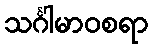
သင်္ဂါမာဝစရာ